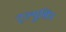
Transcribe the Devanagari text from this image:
ट्ल्युशिन